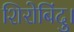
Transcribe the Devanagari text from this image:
शिरोबिंदु।